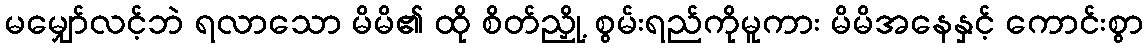
မမျှော်လင့်ဘဲ ရလာသော မိမိ၏ ထို စိတ်ညှို့ စွမ်းရည်ကိုမူကား မိမိအနေနှင့် ကောင်းစွာ